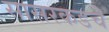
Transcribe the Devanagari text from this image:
सासरकडचे